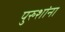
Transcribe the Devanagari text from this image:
पुरुशांना